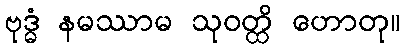
ဗုဒ္ဓံ နမဿာမ သုဝတ္ထိ ဟောတု။